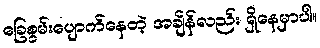
ခြေစွမ်းပျောက်နေတဲ့ အချိန်လည်း ရှိနေမှာပါ။